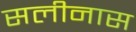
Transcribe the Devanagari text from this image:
सलीनास